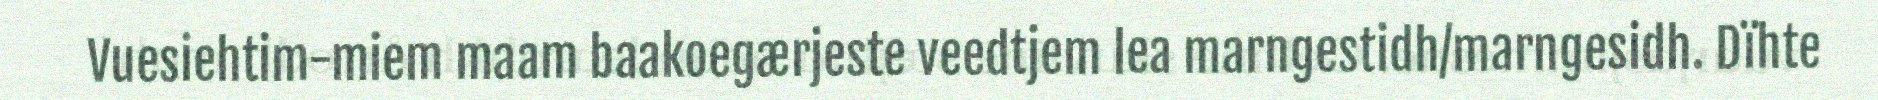
Vuesiehtim-miem maam baakoegærjeste veedtjem lea marngestidh/marngesidh. Dïhte